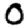
Digit: 0